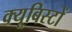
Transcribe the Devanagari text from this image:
क्यूबिस्टों